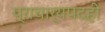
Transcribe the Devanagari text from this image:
प्राचार्यपदही